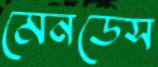
মেনডেস